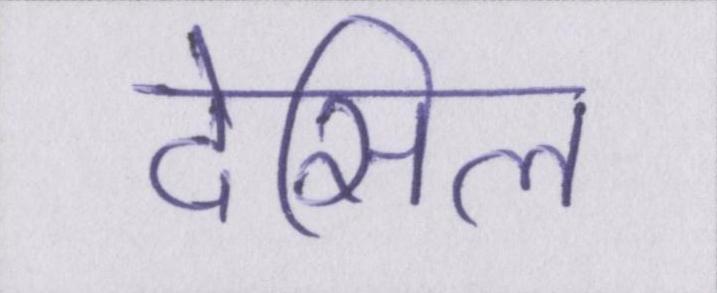
देसिल